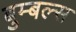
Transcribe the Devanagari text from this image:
बुम्बल्स